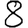
Digit: 8